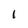
Character: I